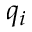
q _ { i }